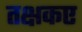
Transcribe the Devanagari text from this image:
तक्षकए